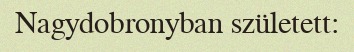
Nagydobronyban született: